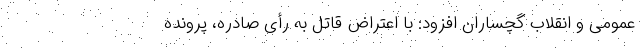
عمومی و انقلاب گچساران افزود: با اعتراض قاتل به رأی صادره، پرونده